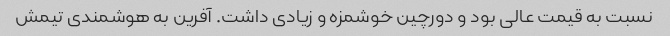
نسبت به قیمت عالی بود و دورچین خوشمزه و زیادی داشت. آفرین به هوشمندی تیمش